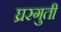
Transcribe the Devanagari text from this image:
घ्ररगुती